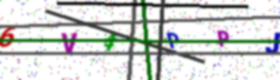
Text: 6V4PPJ